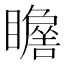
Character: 𱳖